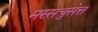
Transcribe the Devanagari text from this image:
मस्सचुसेत्त